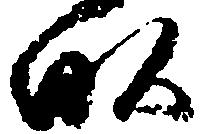
畝